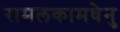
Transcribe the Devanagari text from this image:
रामलकामधेनु